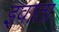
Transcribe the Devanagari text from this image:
इवाता